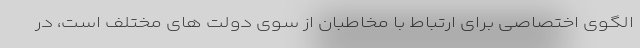
الگوی اختصاصی برای ارتباط با مخاطبان از سوی دولت های مختلف است، در